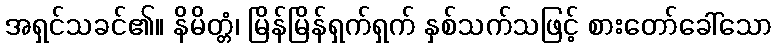
အရှင်သခင်၏။ နိမိတ္တံ၊ မြိန်မြိန်ရှက်ရှက် နှစ်သက်သဖြင့် စားတော်ခေါ်သော